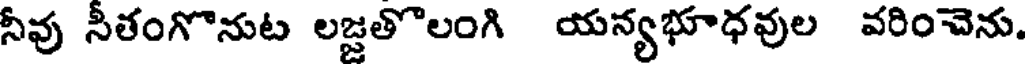
నీవు సీతంగొనుట లజ్జతొలంగి యన్యభూధవుల వరించెను.